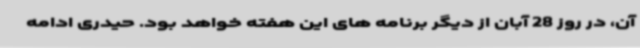
آن، در روز 28 آبان از دیگر برنامه های این هفته خواهد بود. حیدری ادامه